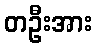
တဦးအား